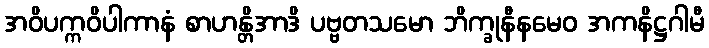
အဝိပက္ကဝိပါကာနံ စာဟန္တိအာဒိ ပဗ္ဗတသမော ဘိက္ခုနီနမေဝ အကနိဋ္ဌဂါမီ